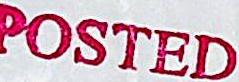
POSTED